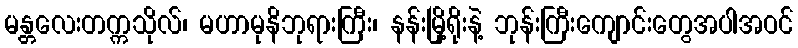
မန္တလေးတက္ကသိုလ်၊ မဟာမုနိဘုရားကြီး၊ နန်းမြို့ရိုးနဲ့ ဘုန်းကြီးကျောင်းတွေအပါအဝင်